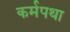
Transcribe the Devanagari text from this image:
कर्मपथा